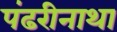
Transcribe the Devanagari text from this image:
पंढरीनाथा